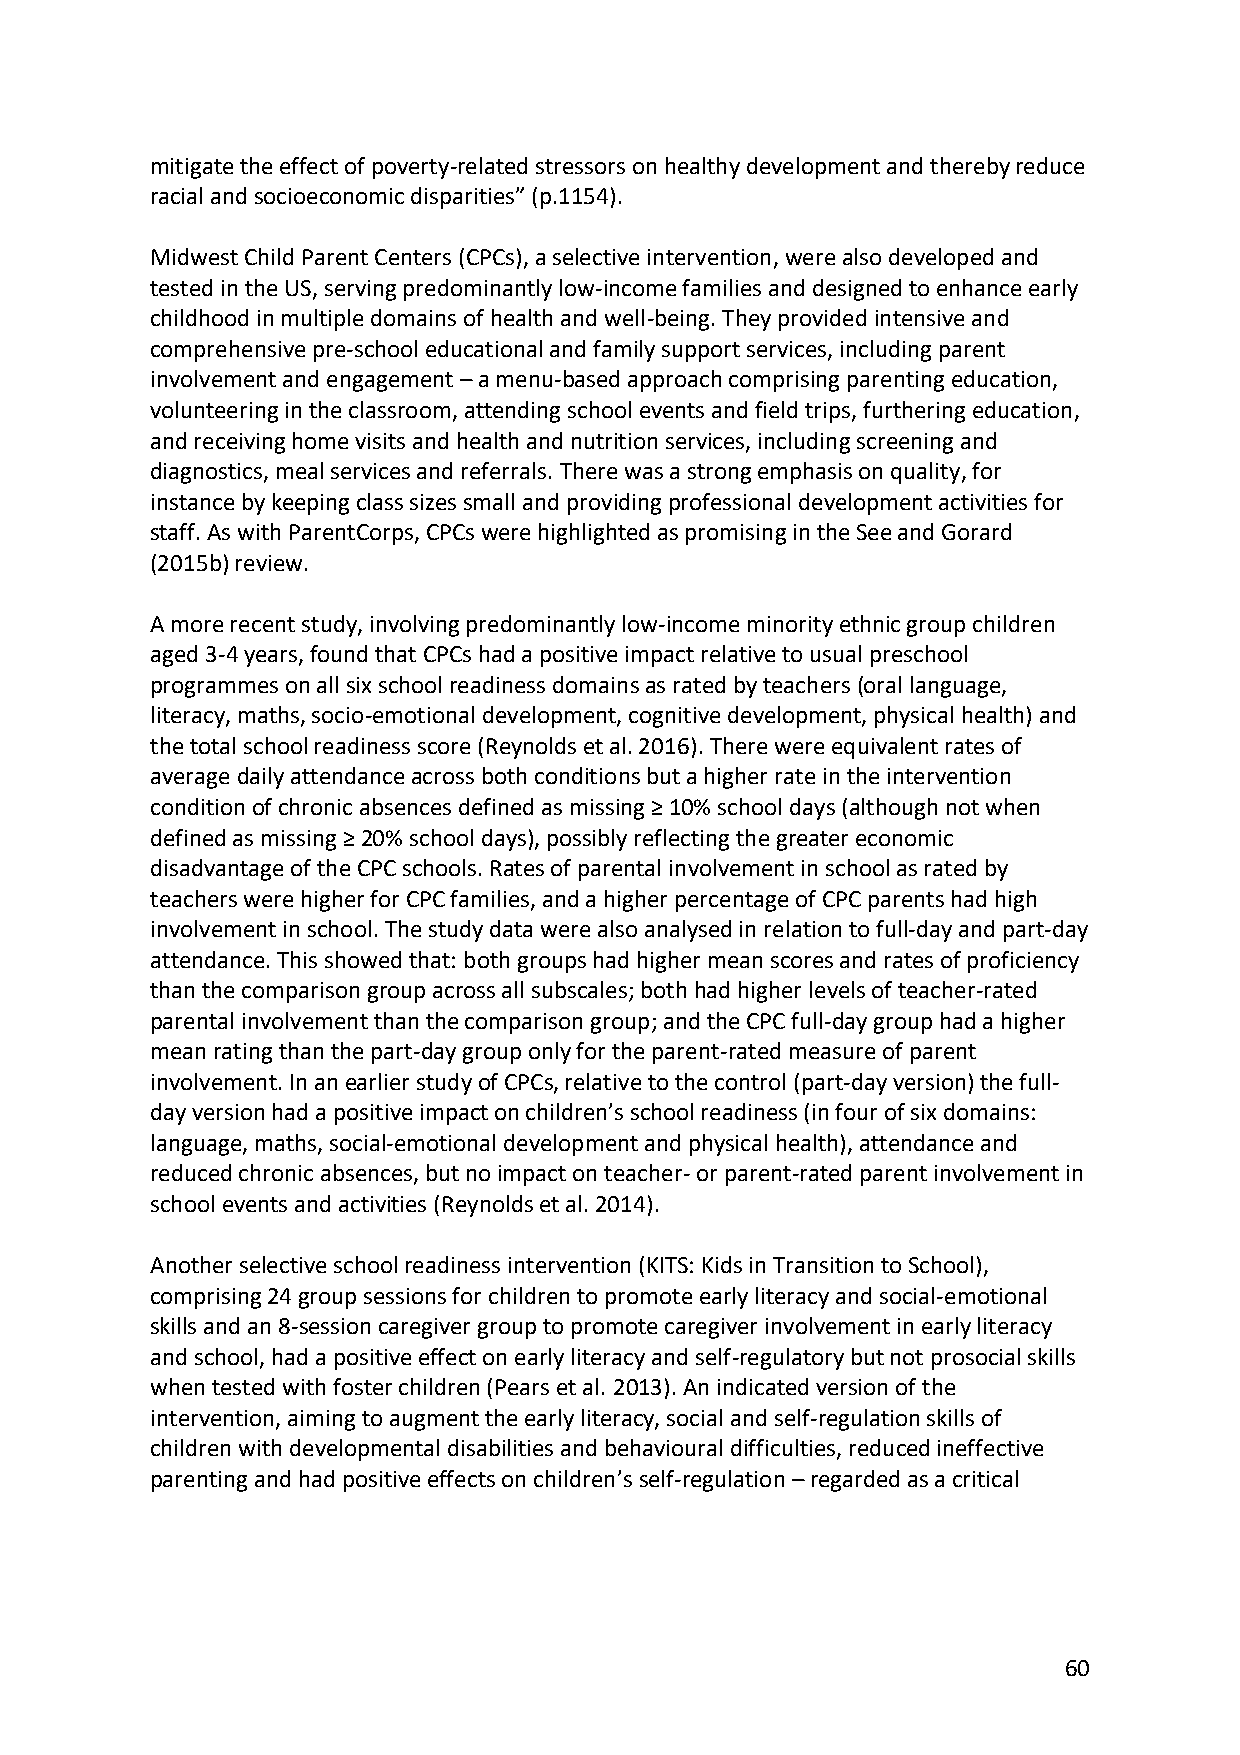
mitigate the effect of poverty-related stressors on healthy development and thereby reduce
 racial and socioeconomic disparities” (p.1154).
 Midwest Child Parent Centers (CPCs), a selective intervention, were also developed and
 tested in the US, serving predominantly low-income families and designed to enhance early
 childhood in multiple domains of health and well-being. They provided intensive and
 comprehensive pre-school educational and family support services, including parent
 involvement and engagement – a menu-based approach comprising parenting education,
 volunteering in the classroom, attending school events and field trips, furthering education,
 and receiving home visits and health and nutrition services, including screening and
 diagnostics, meal services and referrals. There was a strong emphasis on quality, for
 instance by keeping class sizes small and providing professional development activities for
 staff. As with ParentCorps, CPCs were highlighted as promising in the See and Gorard
 (2015b) review.
 A more recent study, involving predominantly low-income minority ethnic group children
 aged 3-4 years, found that CPCs had a positive impact relative to usual preschool
 programmes on all six school readiness domains as rated by teachers (oral language,
 literacy, maths, socio-emotional development, cognitive development, physical health) and
 the total school readiness score (Reynolds et al. 2016). There were equivalent rates of
 average daily attendance across both conditions but a higher rate in the intervention
 condition of chronic absences defined as missing ≥ 10% school days (although not when
 defined as missing ≥ 20% school days), possibly reflecting the greater economic
 disadvantage of the CPC schools. Rates of parental involvement in school as rated by
 teachers were higher for CPC families, and a higher percentage of CPC parents had high
 involvement in school. The study data were also analysed in relation to full-day and part-day
 attendance. This showed that: both groups had higher mean scores and rates of proficiency
 than the comparison group across all subscales; both had higher levels of teacher-rated
 parental involvement than the comparison group; and the CPC full-day group had a higher
 mean rating than the part-day group only for the parent-rated measure of parent
 involvement. In an earlier study of CPCs, relative to the control (part-day version) the full-
 day version had a positive impact on children’s school readiness (in four of six domains:
 language, maths, social-emotional development and physical health), attendance and
 reduced chronic absences, but no impact on teacher- or parent-rated parent involvement in
 school events and activities (Reynolds et al. 2014).
 Another selective school readiness intervention (KITS: Kids in Transition to School),
 comprising 24 group sessions for children to promote early literacy and social-emotional
 skills and an 8-session caregiver group to promote caregiver involvement in early literacy
 and school, had a positive effect on early literacy and self-regulatory but not prosocial skills
 when tested with foster children (Pears et al. 2013). An indicated version of the
 intervention, aiming to augment the early literacy, social and self-regulation skills of
 children with developmental disabilities and behavioural difficulties, reduced ineffective
 parenting and had positive effects on children’s self-regulation – regarded as a critical
 60